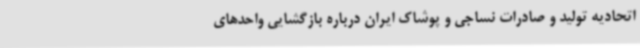
اتحادیه تولید و صادرات نساجی و پوشاک ایران درباره بازگشایی واحدهای